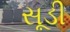
સૂડી